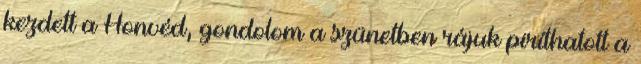
kezdett a Honvéd, gondolom a szünetben rájuk piríthatott a